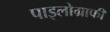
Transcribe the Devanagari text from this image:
पाइलोग्राफी